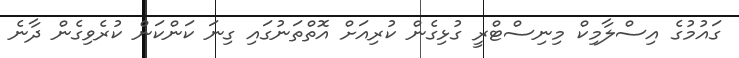
ގަައުމުގެ އިސްލާމިކް މިނިސްޓްރީ ގުޅިގެން ކުރިއަށް އޮތްތަނުގައި ގިނަ ކަންކަން ކުރެވިގެން ދާނެ